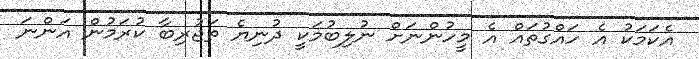
އެކަމަކު އެ ހައްގުތައް އެ މީހުންނަށް ނުލިބުމަކީ ދުނިޔެ ތަޖުރިބާ ކުރަމުން އަންނަ